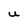
Character: U